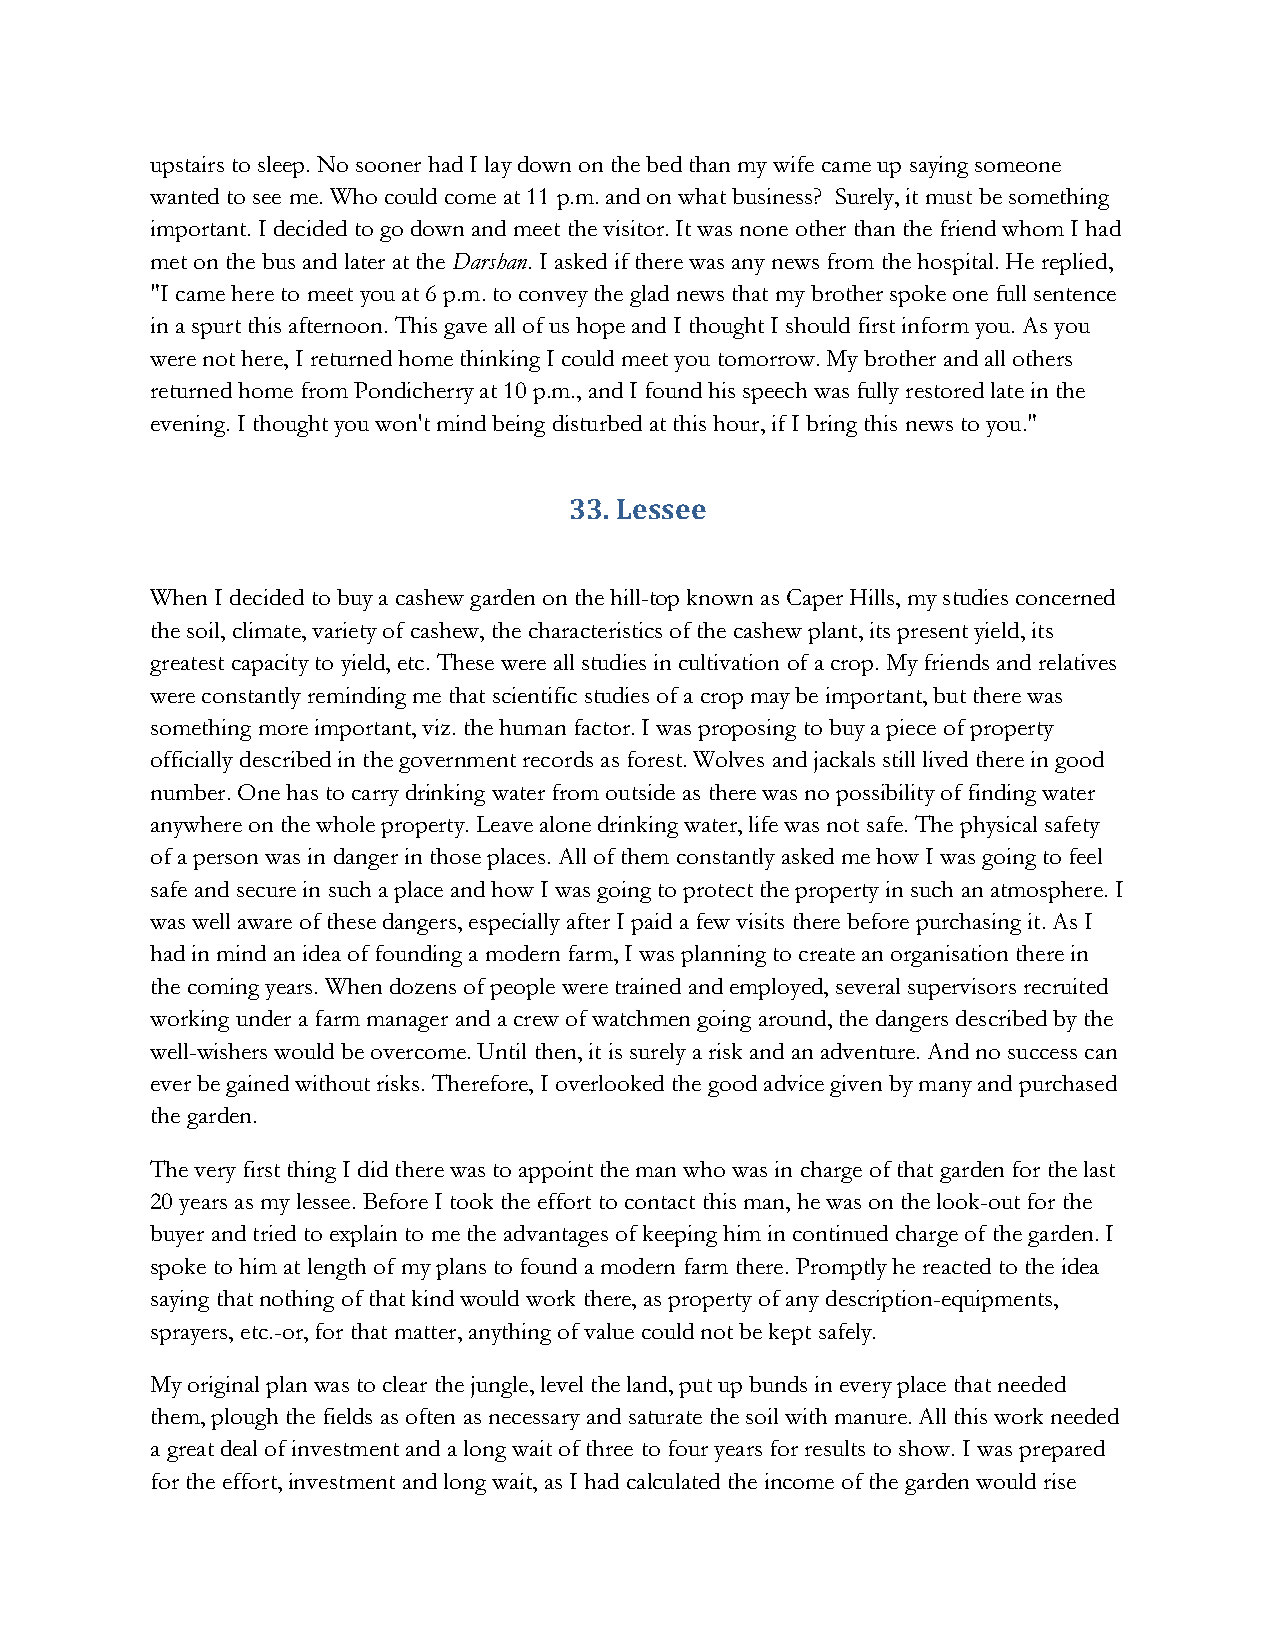
upstairs to sleep. No sooner had I lay down on the bed than my wife came up saying someone
 wanted to see me. Who could come at 11 p.m. and on what business? Surely, it must be something
 important. I decided to go down and meet the visitor. It was none other than the friend whom I had
 met on the bus and later at the Darshan. I asked if there was any news from the hospital. He replied,
 "I came here to meet you at 6 p.m. to convey the glad news that my brother spoke one full sentence
 in a spurt this afternoon. This gave all of us hope and I thought I should first inform you. As you
 were not here, I returned home thinking I could meet you tomorrow. My brother and all others
 returned home from Pondicherry at 10 p.m., and I found his speech was fully restored late in the
 evening. I thought you won't mind being disturbed at this hour, if I bring this news to you."
 33. Lessee
 When I decided to buy a cashew garden on the hill-top known as Caper Hills, my studies concerned
 the soil, climate, variety of cashew, the characteristics of the cashew plant, its present yield, its
 greatest capacity to yield, etc. These were all studies in cultivation of a crop. My friends and relatives
 were constantly reminding me that scientific studies of a crop may be important, but there was
 something more important, viz. the human factor. I was proposing to buy a piece of property
 officially described in the government records as forest. Wolves and jackals still lived there in good
 number. One has to carry drinking water from outside as there was no possibility of finding water
 anywhere on the whole property. Leave alone drinking water, life was not safe. The physical safety
 of a person was in danger in those places. All of them constantly asked me how I was going to feel
 safe and secure in such a place and how I was going to protect the property in such an atmosphere. I
 was well aware of these dangers, especially after I paid a few visits there before purchasing it. As I
 had in mind an idea of founding a modern farm, I was planning to create an organisation there in
 the coming years. When dozens of people were trained and employed, several supervisors recruited
 working under a farm manager and a crew of watchmen going around, the dangers described by the
 well-wishers would be overcome. Until then, it is surely a risk and an adventure. And no success can
 ever be gained without risks. Therefore, I overlooked the good advice given by many and purchased
 the garden.
 The very first thing I did there was to appoint the man who was in charge of that garden for the last
 20 years as my lessee. Before I took the effort to contact this man, he was on the look-out for the
 buyer and tried to explain to me the advantages of keeping him in continued charge of the garden. I
 spoke to him at length of my plans to found a modern farm there. Promptly he reacted to the idea
 saying that nothing of that kind would work there, as property of any description-equipments,
 sprayers, etc.-or, for that matter, anything of value could not be kept safely.
 My original plan was to clear the jungle, level the land, put up bunds in every place that needed
 them, plough the fields as often as necessary and saturate the soil with manure. All this work needed
 a great deal of investment and a long wait of three to four years for results to show. I was prepared
 for the effort, investment and long wait, as I had calculated the income of the garden would rise